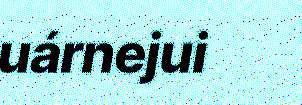
uárnejui